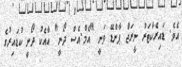
އެވެ. ޑައިރެކްޓަރު ނީރަޖް ޕާންޑޭ ވަނީ "އެމް.އެސް ދޯނީ" އާއެކު ދޯނީ ކުޑައިރުގެ